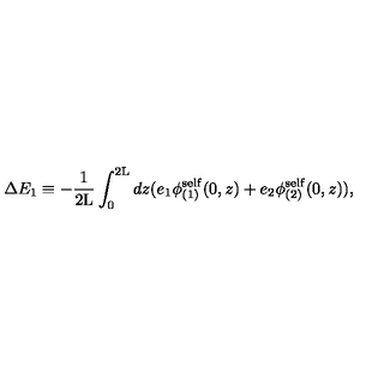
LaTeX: \Delta E _ { 1 } \equiv - \frac { 1 } { 2 \mathrm { L } } \int _ { 0 } ^ { 2 \mathrm { L } } d z ( e _ { 1 } { \phi } _ { ( 1 ) } ^ { \mathrm { s e l f } } ( 0 , z ) + e _ { 2 } { \phi } _ { ( 2 ) } ^ { \mathrm { s e l f } } ( 0 , z ) ) ,